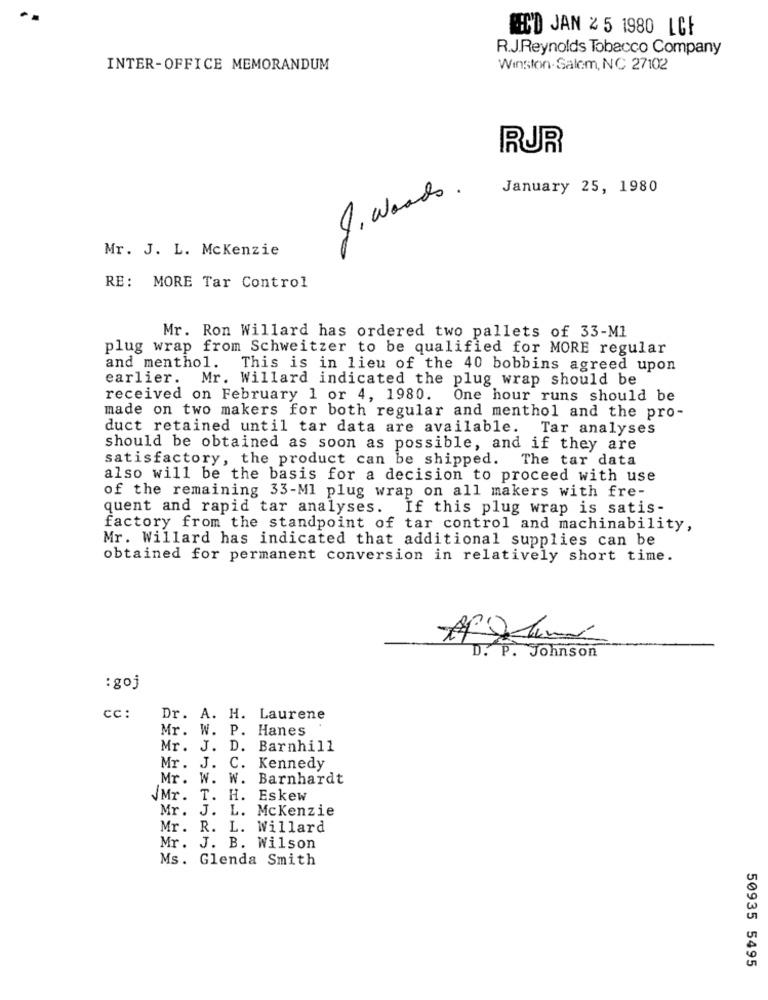
CC'D JAN 2 5 1980 LCF
R.J.Reynolds Tobacco Company
INTER-OFFICE MEMORANDUM
Winston-Salem, NC 27102
RUR
January 25, 1980
J . Wend
Mr. J. L. Mckenzie
RE: MORE Tar Control
Mr. Ron Willard has ordered two pallets of 33-M1
plug wrap from Schweitzer to be qualified for MORE regular
and menthol. This is in lieu of the 40 bobbins agreed upon
earlier. Mr. Willard indicated the plug wrap should be
received on February 1 or 4, 1980.
One hour runs should be
made on two makers for both regular and menthol and the pro-
duct retained until tar data are available.
Tar analyses
should be obtained as soon as possible, and if they are
satisfactory, the product can be shipped.
The tar data
also will be the basis for a decision to proceed with use
of the remaining 33-Ml plug wrap on all makers with fre-
quent and rapid tar analyses. If this plug wrap is satis-
factory from the standpoint of tar control and machinability,
Mr. Willard has indicated that additional supplies can be
obtained for permanent conversion in relatively short time.
D. P. Johnson
: goj
cc :
Dr. A. H. Laurene
Mr. W. P. Hanes
Mr. J. D.
Barnhill
Mr. J. C.
Kennedy
Mr. W. W. Barnhardt
Mr. T. H. Eskew
Mr. J. L. Mckenzie
Mr. R. L. Willard
Mr. J. B. Wilson
Ms. Glenda Smith
50935 5495